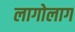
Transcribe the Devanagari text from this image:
लागोलाग